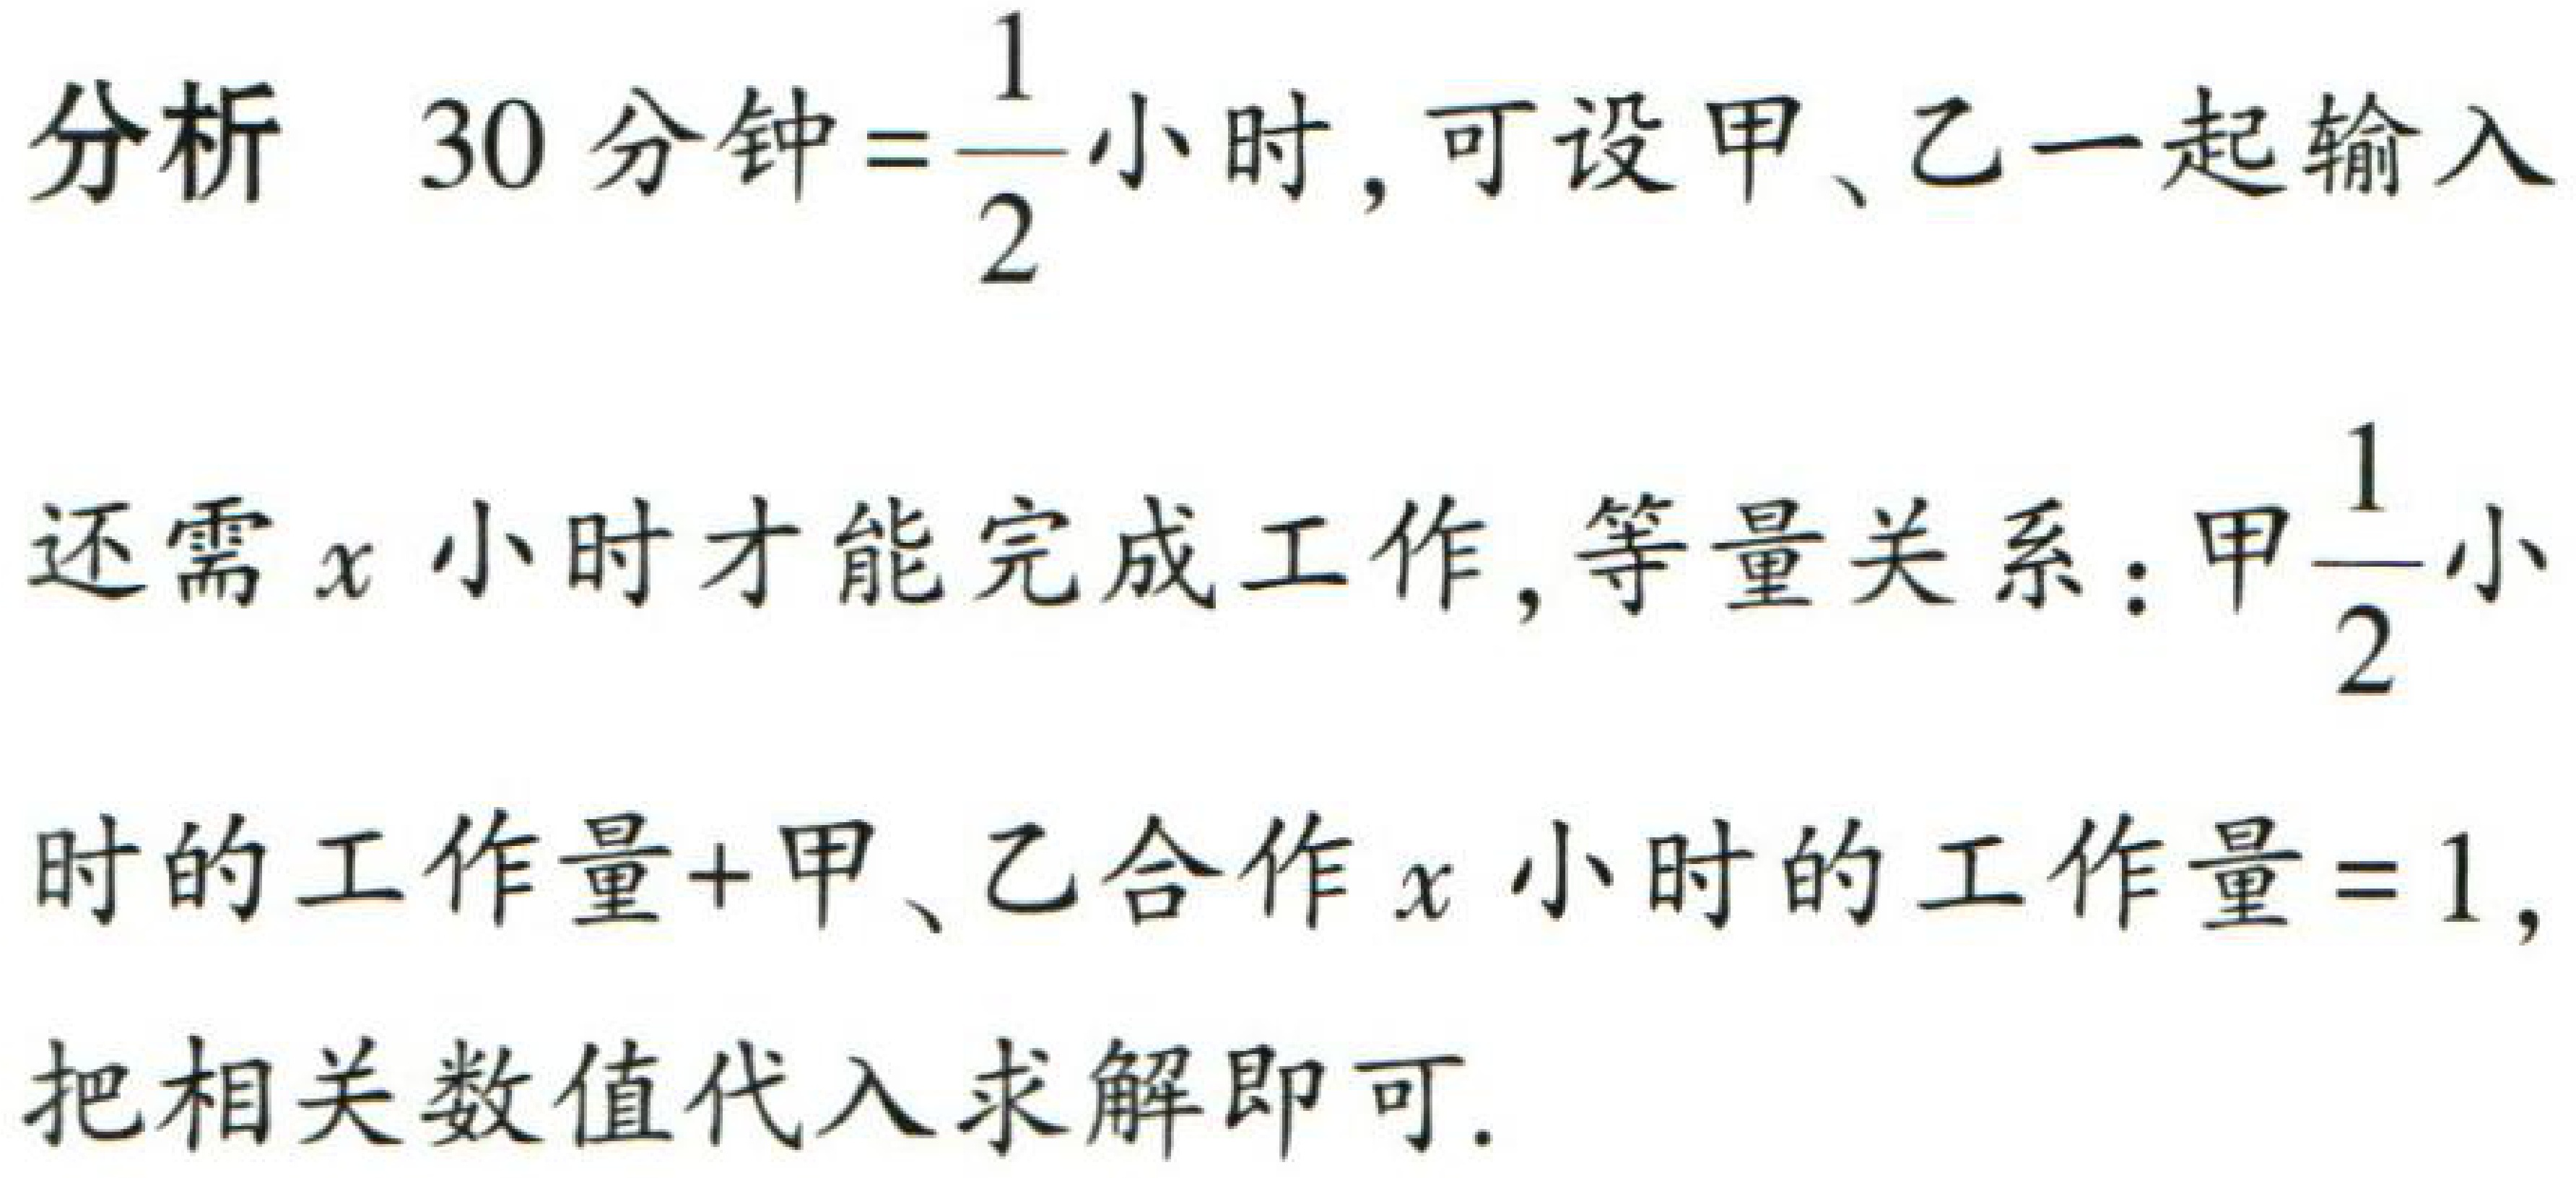
分析 \(30\text{ 分钟}=\frac{1}{2}\text{ 小时}\)，可设甲、乙一起输入

还需 \(x\) 小时才能完成工作，等量关系：甲\(\frac{1}{2}\)小

时的工作量+甲、乙合作 \(x\) 小时的工作量 \( = 1\)，

把相关数值代入求解即可.